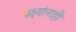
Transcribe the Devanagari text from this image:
पक्ष्यांनाही